Indian Medical Review
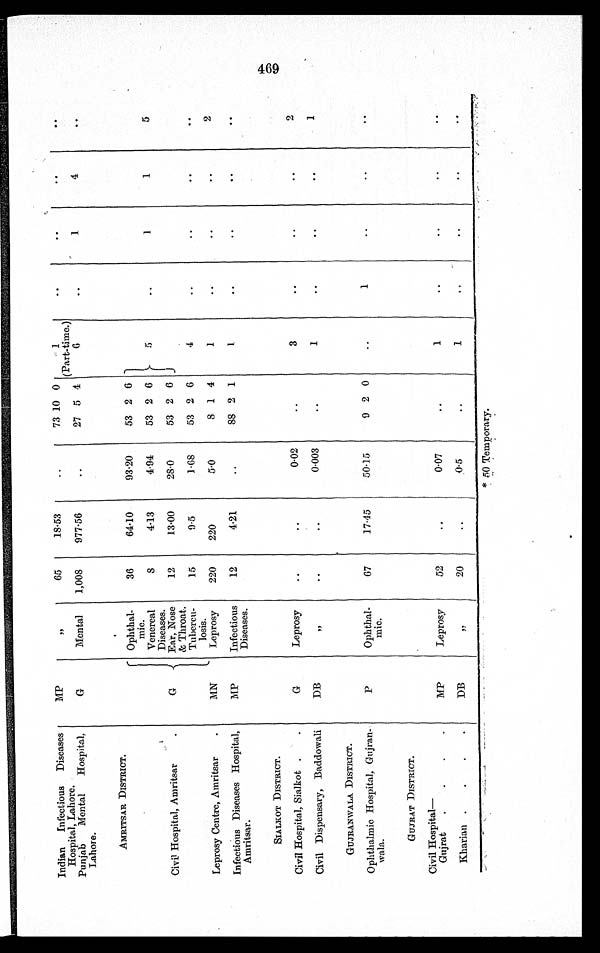
Indian Infectious Diseases
Hospital, Lahore.
MP
„
65
18.53
..
73 10 0
1
(Part-time.)
..
..
..
..
Punjab
Mental
Hospital,
Lahore.
G
Mental
1,008
977.56
..
27 5 4
6
..
1
4
..
AMRITSAR DISTRICT.
.
Civil Hospital, Amritsar
.
G
Ophthal-
mic.
Venereal
Diseases.
Ear, Nose
& Throat.
Tubercu-
losis .
36
64.10
93.20
53 2 6
5
..
1
1
5
8
4.13
4.94
53 2 6
12
13.00
28.0
53 2 6
15
9.5
1 . 6 8 53 2 6
4
..
..
..
Leprosy Centre, Amritsar
.
MN
Leprosy
220
220
5.0
8 1 4
1
..
..
..
2
Infectious Diseases Hospital,
Amritsar.
MP
Infectious
Diseases.
12
4.21
..
88 2 1
1
..
..
..
..
SIALKOT DISTRICT.
Civil Hospital, Sialkot .
.
G
Leprosy
. .
. .
0.02
..
3
..
..
..
2
Civil Dispensary, Baddowali
DB
, ,
. .
. .
0.003
..
1
..
..
..
1
GUJRANWALA DISTRICT.
Ophthalmic Hospital, Gujran-
wala.
P
Ophthal-
inic.
67
17.45
50.15
9 2 0
..
1
..
..
..
GUJRAT DISTRICT.
Civil Hospital
—
Gujrat
.
.
.
.
MP
Leprosy
52
..
0.07
..
1
..
. .
. .
. .
Kharian .
.
.
.
DB
,,
20
..
0.5
..
1
..
..
..
. .
* 50 Temporary.